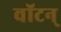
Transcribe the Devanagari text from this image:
वॉटन्